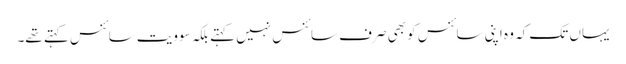
یہاں تک کہ وہ اپنی سائنس کو بھی صرف سائنس نہیں کہتے بلکہ سوویت سائنس کہتے تھے۔